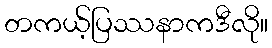
တကယ့်ပြဿနာကဒီလို။